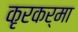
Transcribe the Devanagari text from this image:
कृरकर्मा